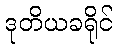
ဒုတိယခရိုင်